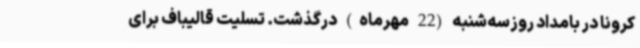
کرونا در بامداد روزسه‌شنبه (22 مهرماه) درگذشت. تسلیت قالیباف برای